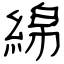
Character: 綿